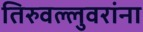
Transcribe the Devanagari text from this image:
तिरुवल्लुवरांना